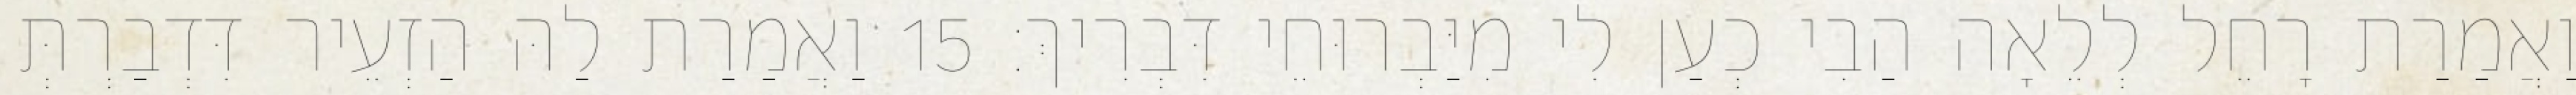
וַאֲמַרַת רָחֵל לְלֵאָה הַבִי כְעַן לִי מִיַּבְרוּחֵי דִּבְרִיךְ׃ 15 וַאֲמַרַת לַהּ הַזְעֵיר דִּדְבַרְתְּ